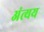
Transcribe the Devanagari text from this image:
अंत्यय